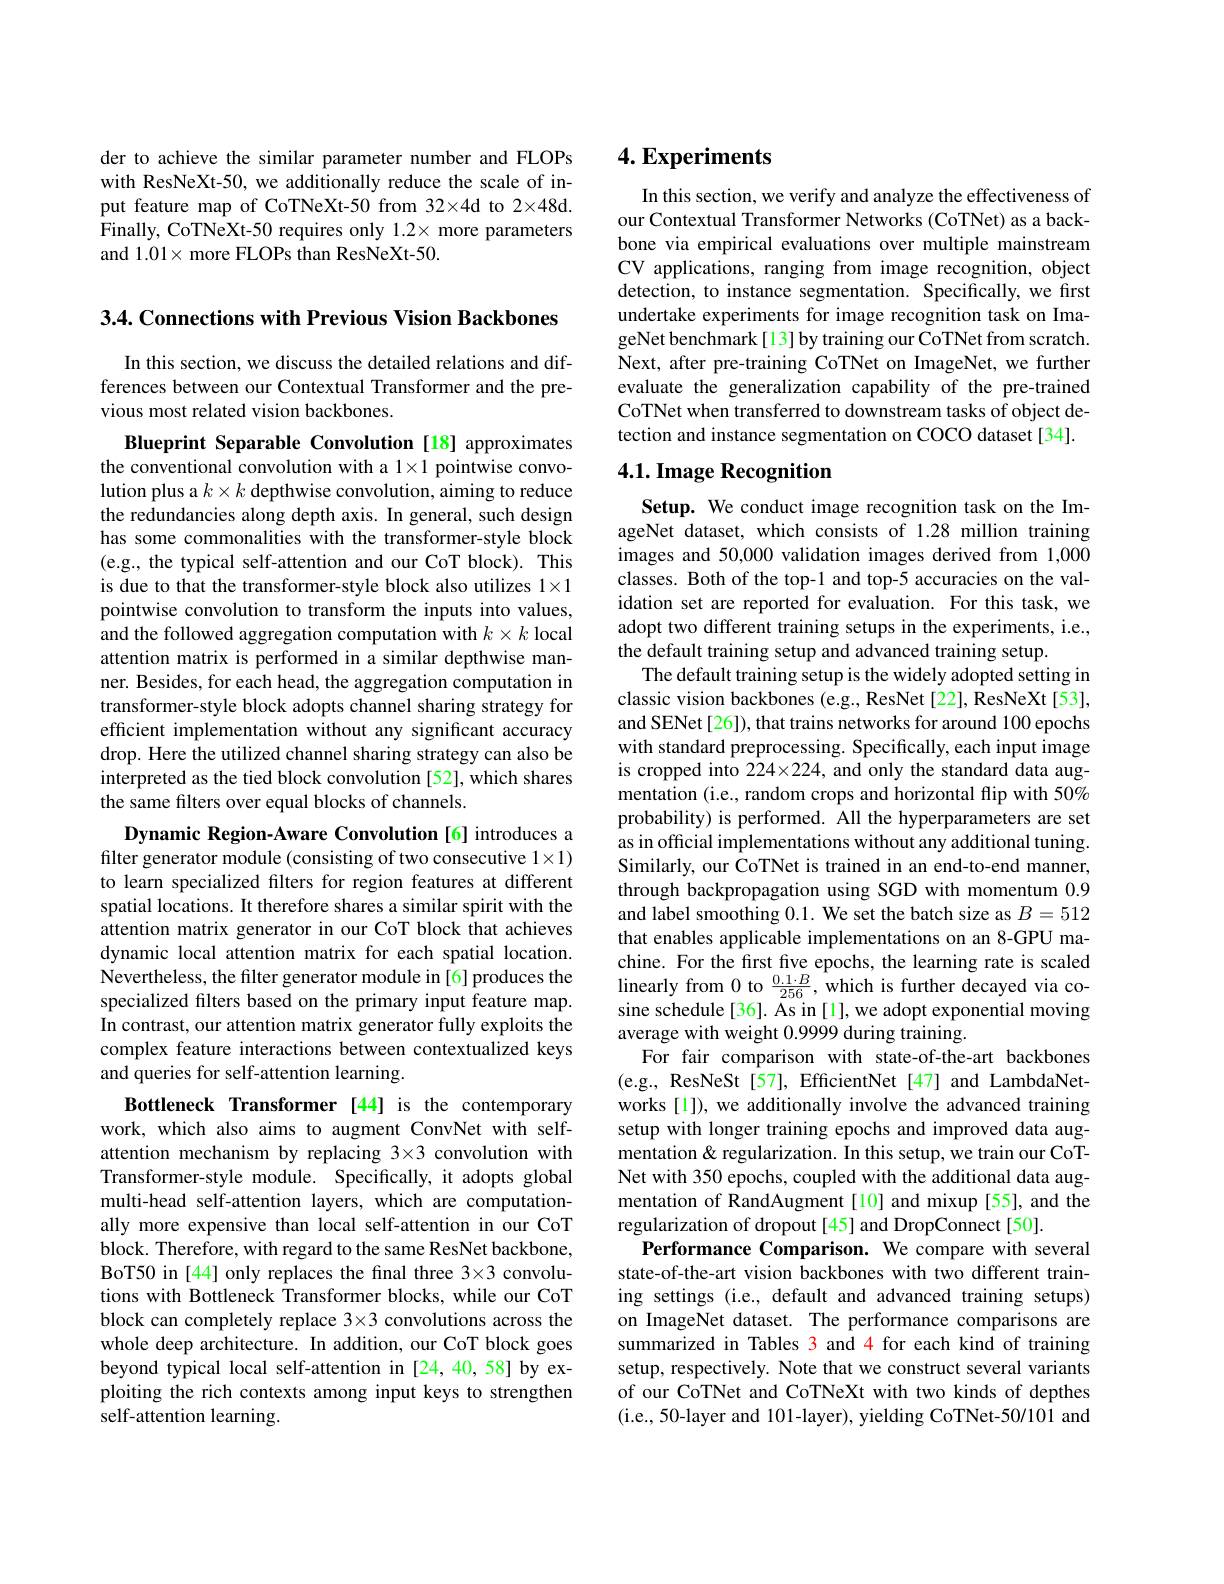
der to achieve the similar parameter number and FLOPs with ResNeXt-50, we additionally reduce the scale of input feature map of CoTNeXt-50 from 32×4d to 2×48d. Finally, CoTNeXt-50 requires only $1.2\times$ more parameters and 1.01× more FLOPs than ResNeXt-50.

3.4. Connections with Previous Vision Backbones

In this section, we discuss the detailed relations and differences between our Contextual Transformer and the previous most related vision backbones.

Blueprint Separable Convolution [18] approximates the conventional convolution with a $1\times1$ pointwise convolution plus a $k\times k$ depthwise convolution, aiming to reduce the redundancies along depth axis. In general, such design has some commonalities with the transformer-style block (e.g., the typical self-attention and our CoT block). This is due to that the transformer-style block also utilizes 1×1 pointwise convolution to transform the inputs into values, and the followed aggregation computation with $k\times k$ local attention matrix is performed in a similar depthwise manner. Besides, for each head, the aggregation computation in transformer-style block adopts channel sharing strategy for efficient implementation without any significant accuracy drop. Here the utilized channel sharing strategy can also be interpreted as the tied block convolution [52], which shares the same filters over equal blocks of channels.

Dynamic Region-Aware Convolution [6] introduces a filter generator module (consisting of two consecutive 1×1) to learn specialized filters for region features at different spatial locations. It therefore shares a similar spirit with the attention matrix generator in our CoT block that achieves dynamic local attention matrix for each spatial location. Nevertheless, the filter generator module in [6] produces the specialized filters based on the primary input feature map. In contrast, our attention matrix generator fully exploits the complex feature interactions between contextualized keys and queries for self-attention learning.
Bottleneck Transformer [44] is the contemporary work, which also aims to augment ConvNet with selfattention mechanism by replacing 3×3 convolution with Transformer-style module. Specifically, it adopts global multi-head self-attention layers, which are computationally more expensive than local self-attention in our CoT $\dot{\text{block. Therefore, with regard to the same ResNet backbone,}}$ BoT50 in [44] only replaces the final three 3×3 convolutions with Bottleneck Transformer blocks, while our CoT block can completely replace 3×3 convolutions across the whole deep architecture. In addition, our CoT block goes beyond typical local self-attention in [24,40,58] by exploiting the rich contexts among input keys to strengthen self-attention learning.

## $4. \textbf{Experiments}$

In this section, we verify and analyze the effectiveness of our Contextual Transformer Networks (CoTNet) as a backbone via empirical evaluations over multiple mainstream CV applications, ranging from image recognition, object detection, to instance segmentation. Specifically, we first undertake experiments for image recognition task on ImageNet benchmark[13] by training our CoTNet from scratch. Next, after pre-training CoTNet on ImageNet, we further evaluate the generalization capability of the pre-trained CoTNet when transferred to downstream tasks of object detection and instance segmentation on COCO dataset[34].

## 4.1. Image Recognition

Setup. We conduct image recognition task on the ImageNet dataset, which consists of 1.28 million training images and 50,000 validation images derived from 1,000 classes. Both of the top-1 and top-5 accuracies on the validation set are reported for evaluation. For this task, we adopt two different training setups in the experiments, i.e., the default training setup and advanced training setup.
The default training setup is the widely adopted setting in classic vision backbones (e.g., ResNet [22], ResNeXt [53], and SENet [26]), that trains networks for around 100 epochs with standard preprocessing. Specifically, each input image is cropped into $224\times224$, and only the standard data augmentation (i.e., random crops and horizontal flip with 50% probability) is performed. All the hyperparameters are set as in official implementations without any additional tuning. Similarly, our CoTNet is trained in an end-to-end manner, through backpropagation using SGD with momentum 0.9 and label smoothing 0.1. We set the batch size as $B=512$ that enables applicable implementations on an 8-GPU machine. For the first five epochs, the learning rate is scaled $\begin{array}{l}\text{linearly from 0 to \frac{0.1\cdot B}{256},which is further decayed via co-}\\\text{sine schedule [36]. As in [1], we adopt exponential moving}\end{array}$ average with weight 0.9999 during training
For fair comparison with state-of-the-art backbones (e.g., ResNeSt[57], EfficientNet[47] and LambdaNetworks [l]), we additionally involve the advanced training setup with longer training epochs and improved data augmentation& regularization. In this setup, we train our CoTNet with 350 epochs, coupled with the additional data augmentation of RandAugment[10] and mixup[55], and the regularization of dropout [45] and DropConnect [50].
Performance Comparison. We compare with several state-of-the-art vision backbones with two different training settings (i.e., default and advanced training setups) on ImageNet dataset. The performance comparisons are summarized in Tables 3 and 4 for each kind of training setup, respectively. Note that we construct several variants of our CoTNet and CoTNeXt with two kinds of depthes (i.e., 50-layer and 101-layer), yielding CoTNet-50/101 and